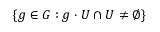
\{ g \in G : g \cdot U \cap U \neq \emptyset \}